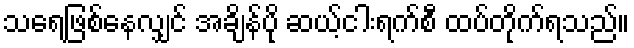
သရေဖြစ်နေလျှင် အချိန်ပို ဆယ့်ငါးရက်စီ ထပ်တိုက်ရသည်။